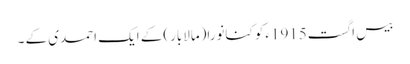
بیس اگست1915ءکو کنانورا(مالابار)کے ایک احمدی کے ۔